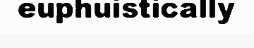
euphuistically